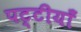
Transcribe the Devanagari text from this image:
पट्टीयाँ